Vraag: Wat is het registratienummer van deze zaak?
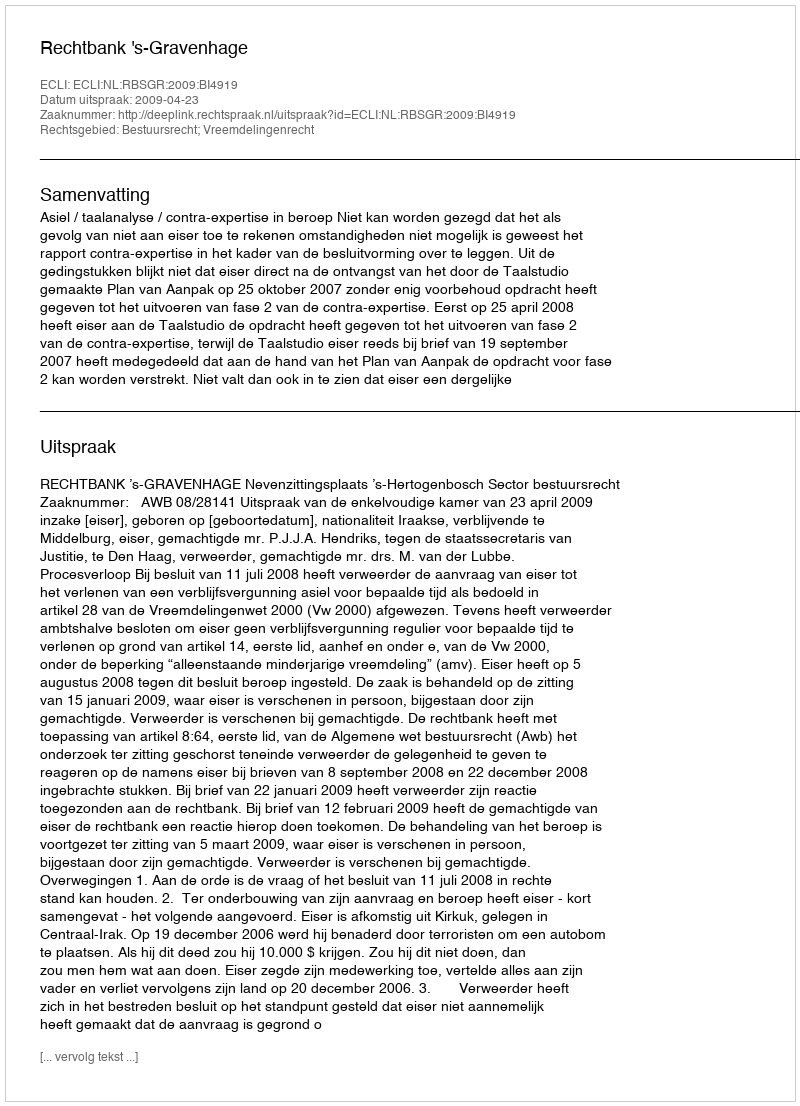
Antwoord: http://deeplink.rechtspraak.nl/uitspraak?id=ECLI:NL:RBSGR:2009:BI4919